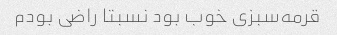
قرمه‌سبزی خوب بود نسبتا راضی بودم